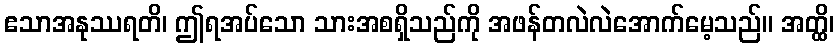
ဧသာအနုဿရတိ၊ ဤရအပ်သော သားအစရှိသည်ကို အဖန်တလဲလဲအောက်မေ့သည်။ အတ္ထိ၊